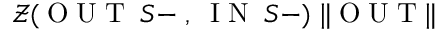
\mathcal { Z } ( \scriptsize { \mathrm { ~ O ~ U ~ T ~ } } \; S - \; , \; \scriptsize { \mathrm { ~ I ~ N ~ } } \; S - ) \; \| \scriptsize { \mathrm { ~ O ~ U ~ T ~ } } \|